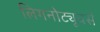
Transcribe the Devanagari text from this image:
लिगनोट्यूबर्स